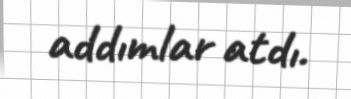
addımlar atdı.